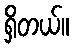
ရှိတယ်။